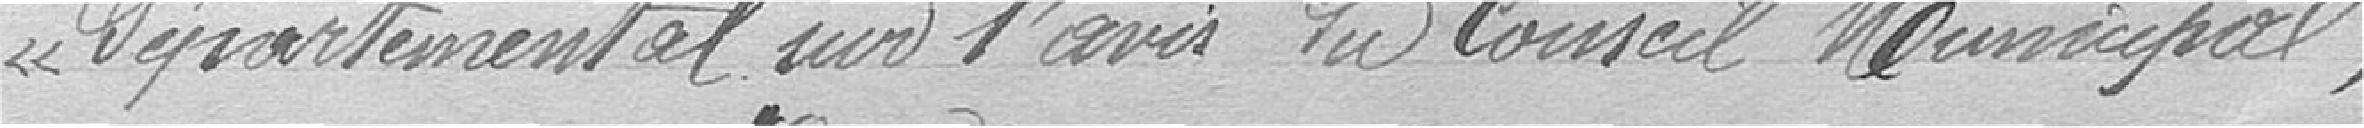
"Départemental sur l'avis du Conseil Municipal,